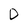
Character: D